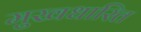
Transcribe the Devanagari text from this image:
मुखधारित